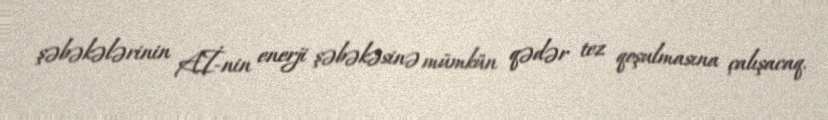
şəbəkələrinin Aİ-nin enerji şəbəkəsinə mümkün qədər tez qoşulmasına çalışacaq.